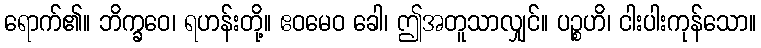
ရောက်၏။ ဘိက္ခဝေ၊ ရဟန်းတို့။ ဧဝမေဝ ခေါ၊ ဤအတူသာလျှင်။ ပဉ္စဟိ၊ ငါးပါးကုန်သော။